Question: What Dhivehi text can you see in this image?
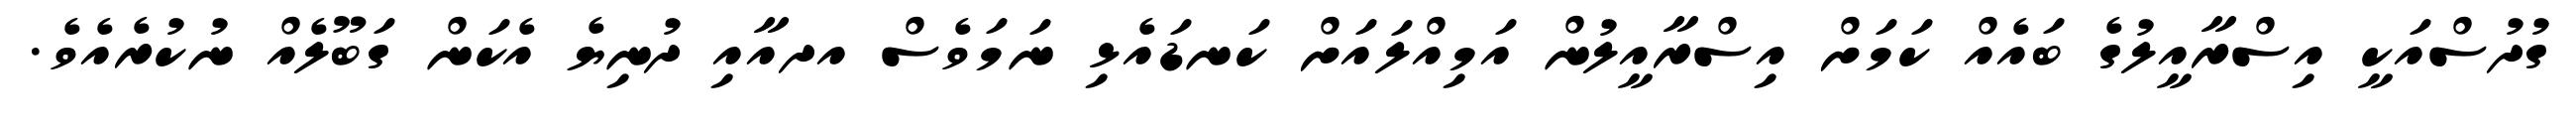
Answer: ގުދުސްއަކީ އިސްރާއީލުގެ ބައެއް ކަމަށް އިސްރާއީލުން އަމިއްލައަށް ކަނޑައެޅި ނަމަވެސް އދއާއި ދުނިޔެ އެކަން ގަބޫލެއް ނުކުރެއެވެ.